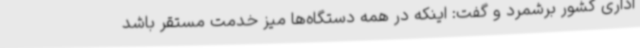
اداری کشور برشمرد و گفت: اینکه در همه دستگاه‌ها میز خدمت مستقر باشد